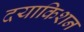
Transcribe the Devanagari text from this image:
दयाकिशन